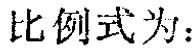
比例式为：